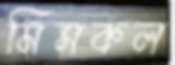
মিসকল